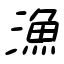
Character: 漁